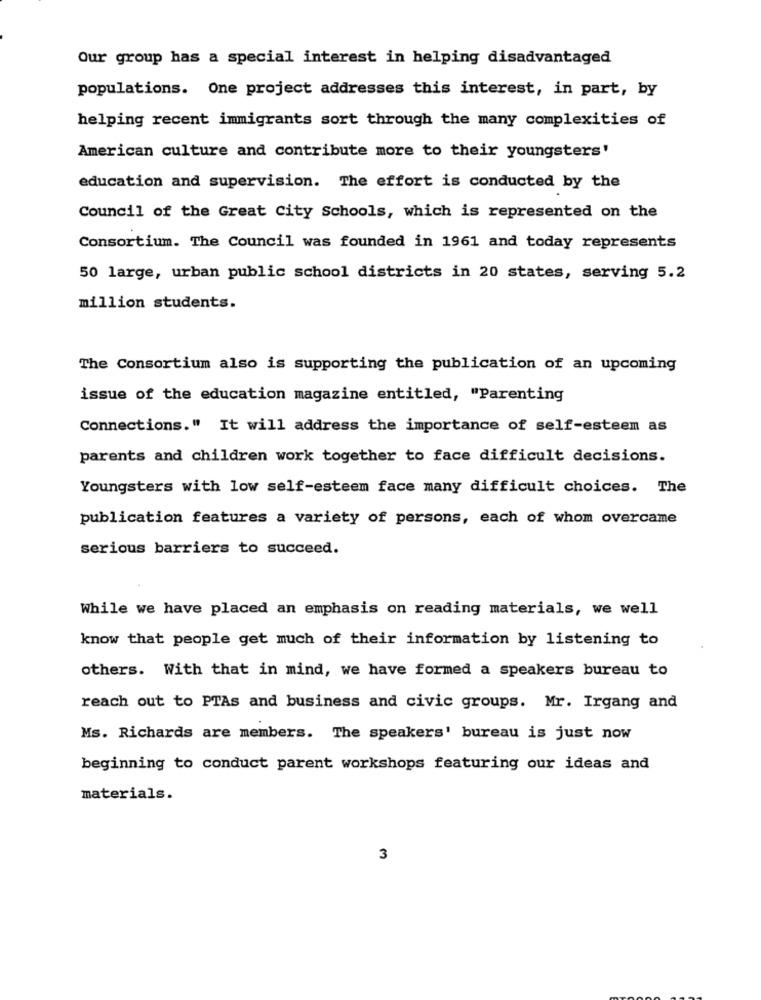
Our group has a special interest in helping disadvantaged
populations. One project addresses this interest, in part, by
helping recent immigrants sort through the many complexities of
American culture and contribute more to their youngsters'
education and supervision. The effort is conducted by the
Council of the Great City Schools, which is represented on the
Consortium. The Council was founded in 1961 and today represents
50 large, urban public school districts in 20 states, serving 5.2
million students.
The Consortium also is supporting the publication of an upcoming
issue of the education magazine entitled, "Parenting
Connections." It will address the importance of self-esteem as
parents and children work together to face difficult decisions.
Youngsters with low self-esteem face many difficult choices. The
publication features a variety of persons, each of whom overcame
serious barriers to succeed.
While we have placed an emphasis on reading materials, we well
know that people get much of their information by listening to
others. With that in mind, we have formed a speakers bureau to
reach out to PTAs and business and civic groups. Mr. Irgang and
Ms. Richards are members. The speakers' bureau is just now
beginning to conduct parent workshops featuring our ideas and
materials.
3